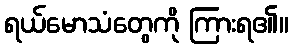
ရယ်မောသံတွေကို ကြားရ၏။